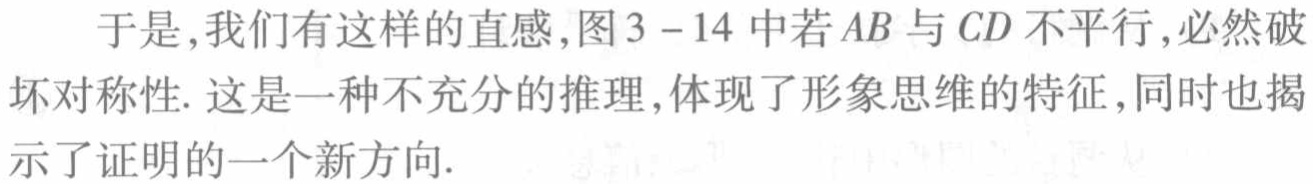
于是,我们有这样的直感,图3 - 14中若\(AB\)与\(CD\)不平行,必然破坏对称性. 这是一种不充分的推理,体现了形象思维的特征,同时也揭示了证明的一个新方向.